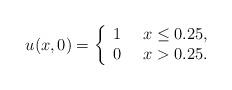
LaTeX: \begin{align*}u(x,0)=\left\{\begin{array}{ll} 1 ~~~~ x\leq 0.25, \\ 0 ~~~~ x>0.25. \end{array}\right.\end{align*}